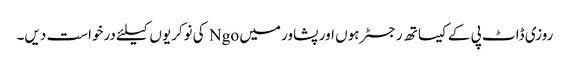
روزی ڈاٹ پی کے کیساتھ رجسٹر ہوں اور پشاور میں Ngo کی نوکریوں کیلئے درخواست دیں۔